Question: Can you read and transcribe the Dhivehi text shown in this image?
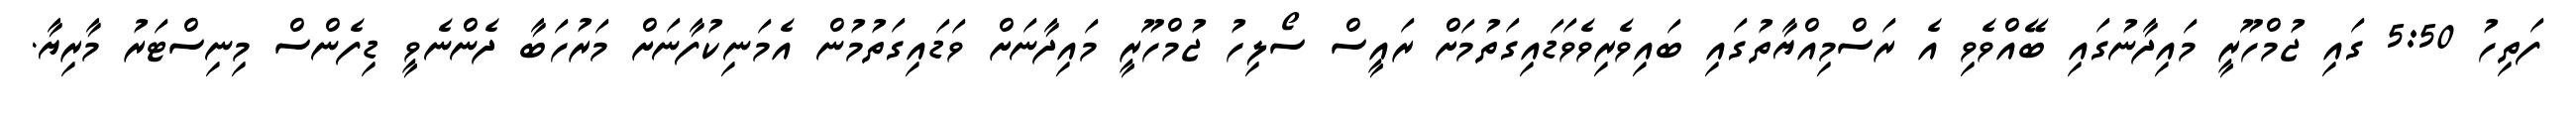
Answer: ފަތިހު 5:50 ގައި ޖުމްހޫރީ މައިދާނުގައި ބޭއްވެވި އެ ރަސްމިއްޔާތުގައި ބައިވެރިވެވަޑައިގަތުމަށް ރައީސް ސޯލިހު ޖުމްހޫރީ މައިދާނަށް ވަޑައިގަތުމުން އެމަނިކުފާނަށް މަރުހަބާ ދެންނެވީ ޑިފެންސް މިނިސްޓަރު މާރިޔާ.